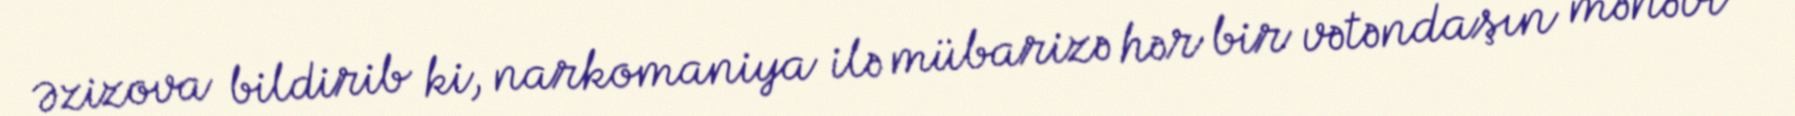
Əzizova bildirib ki, narkomaniya ilə mübarizə hər bir vətəndaşın mənəvi